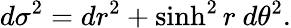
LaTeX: d\sigma^{2}=dr^{2}+\sinh^{2}r\ d\theta^{2}.